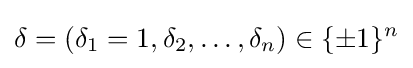
\delta =(\delta _{1}=1,\delta _{2},\dots ,\delta _{n})\in \{\pm 1\}^{n}